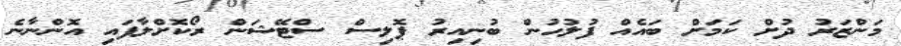
މަންޒަރު ދުށް ކަމަށް ބައެއް ފުލުހުން ބުނިއިރު ޕޮލިސް ސްޓޭޝަން ރޯކޮށްލާފައި އޮންނާނެ